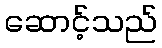
ဆောင့်သည်